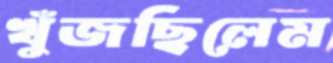
খুঁজছিলেম